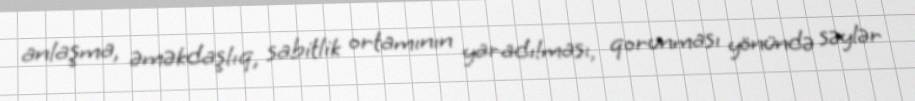
anlaşma, əməkdaşlıq, sabitlik ortamının yaradılması, qorunması yönündə səylər